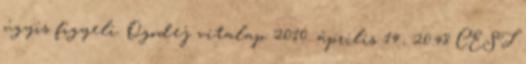
úgyis figyeli. Ogodej vitalap 2010. április 14., 20:48 CEST